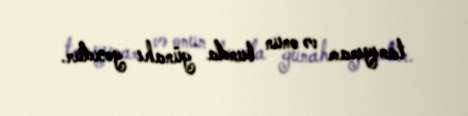
tanıyıram və onun bunda günahı yoxdur.